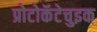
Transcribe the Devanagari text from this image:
प्रोटोकॅटेचुइक